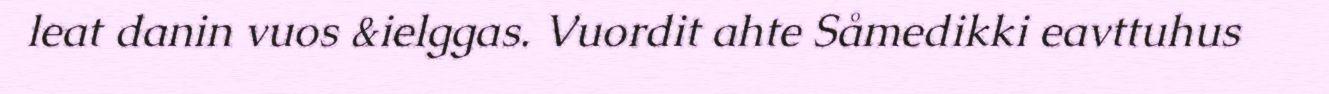
leat danin vuos &ielggas. Vuordit ahte Såmedikki eavttuhus